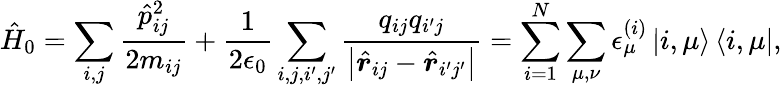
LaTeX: \hat{H}_{0}=\sum_{i,j}\frac{\hat{p}_{ij}^{2}}{2m_{ij}}+\frac{1}{2\epsilon_{0}}\sum_{i,j,i^{\prime},j^{\prime}}\frac{q_{ij}q_{i^{\prime}j}}{\left|\hat{\boldsymbol r}_{ij}-\hat{\boldsymbol r}_{i^{\prime}j^{\prime}}\right|}=\sum_{i=1}^{N}\sum_{\mu,\nu}\epsilon_{\mu}^{(i)}\left|i,\mu\right>\left<i,\mu\right|,